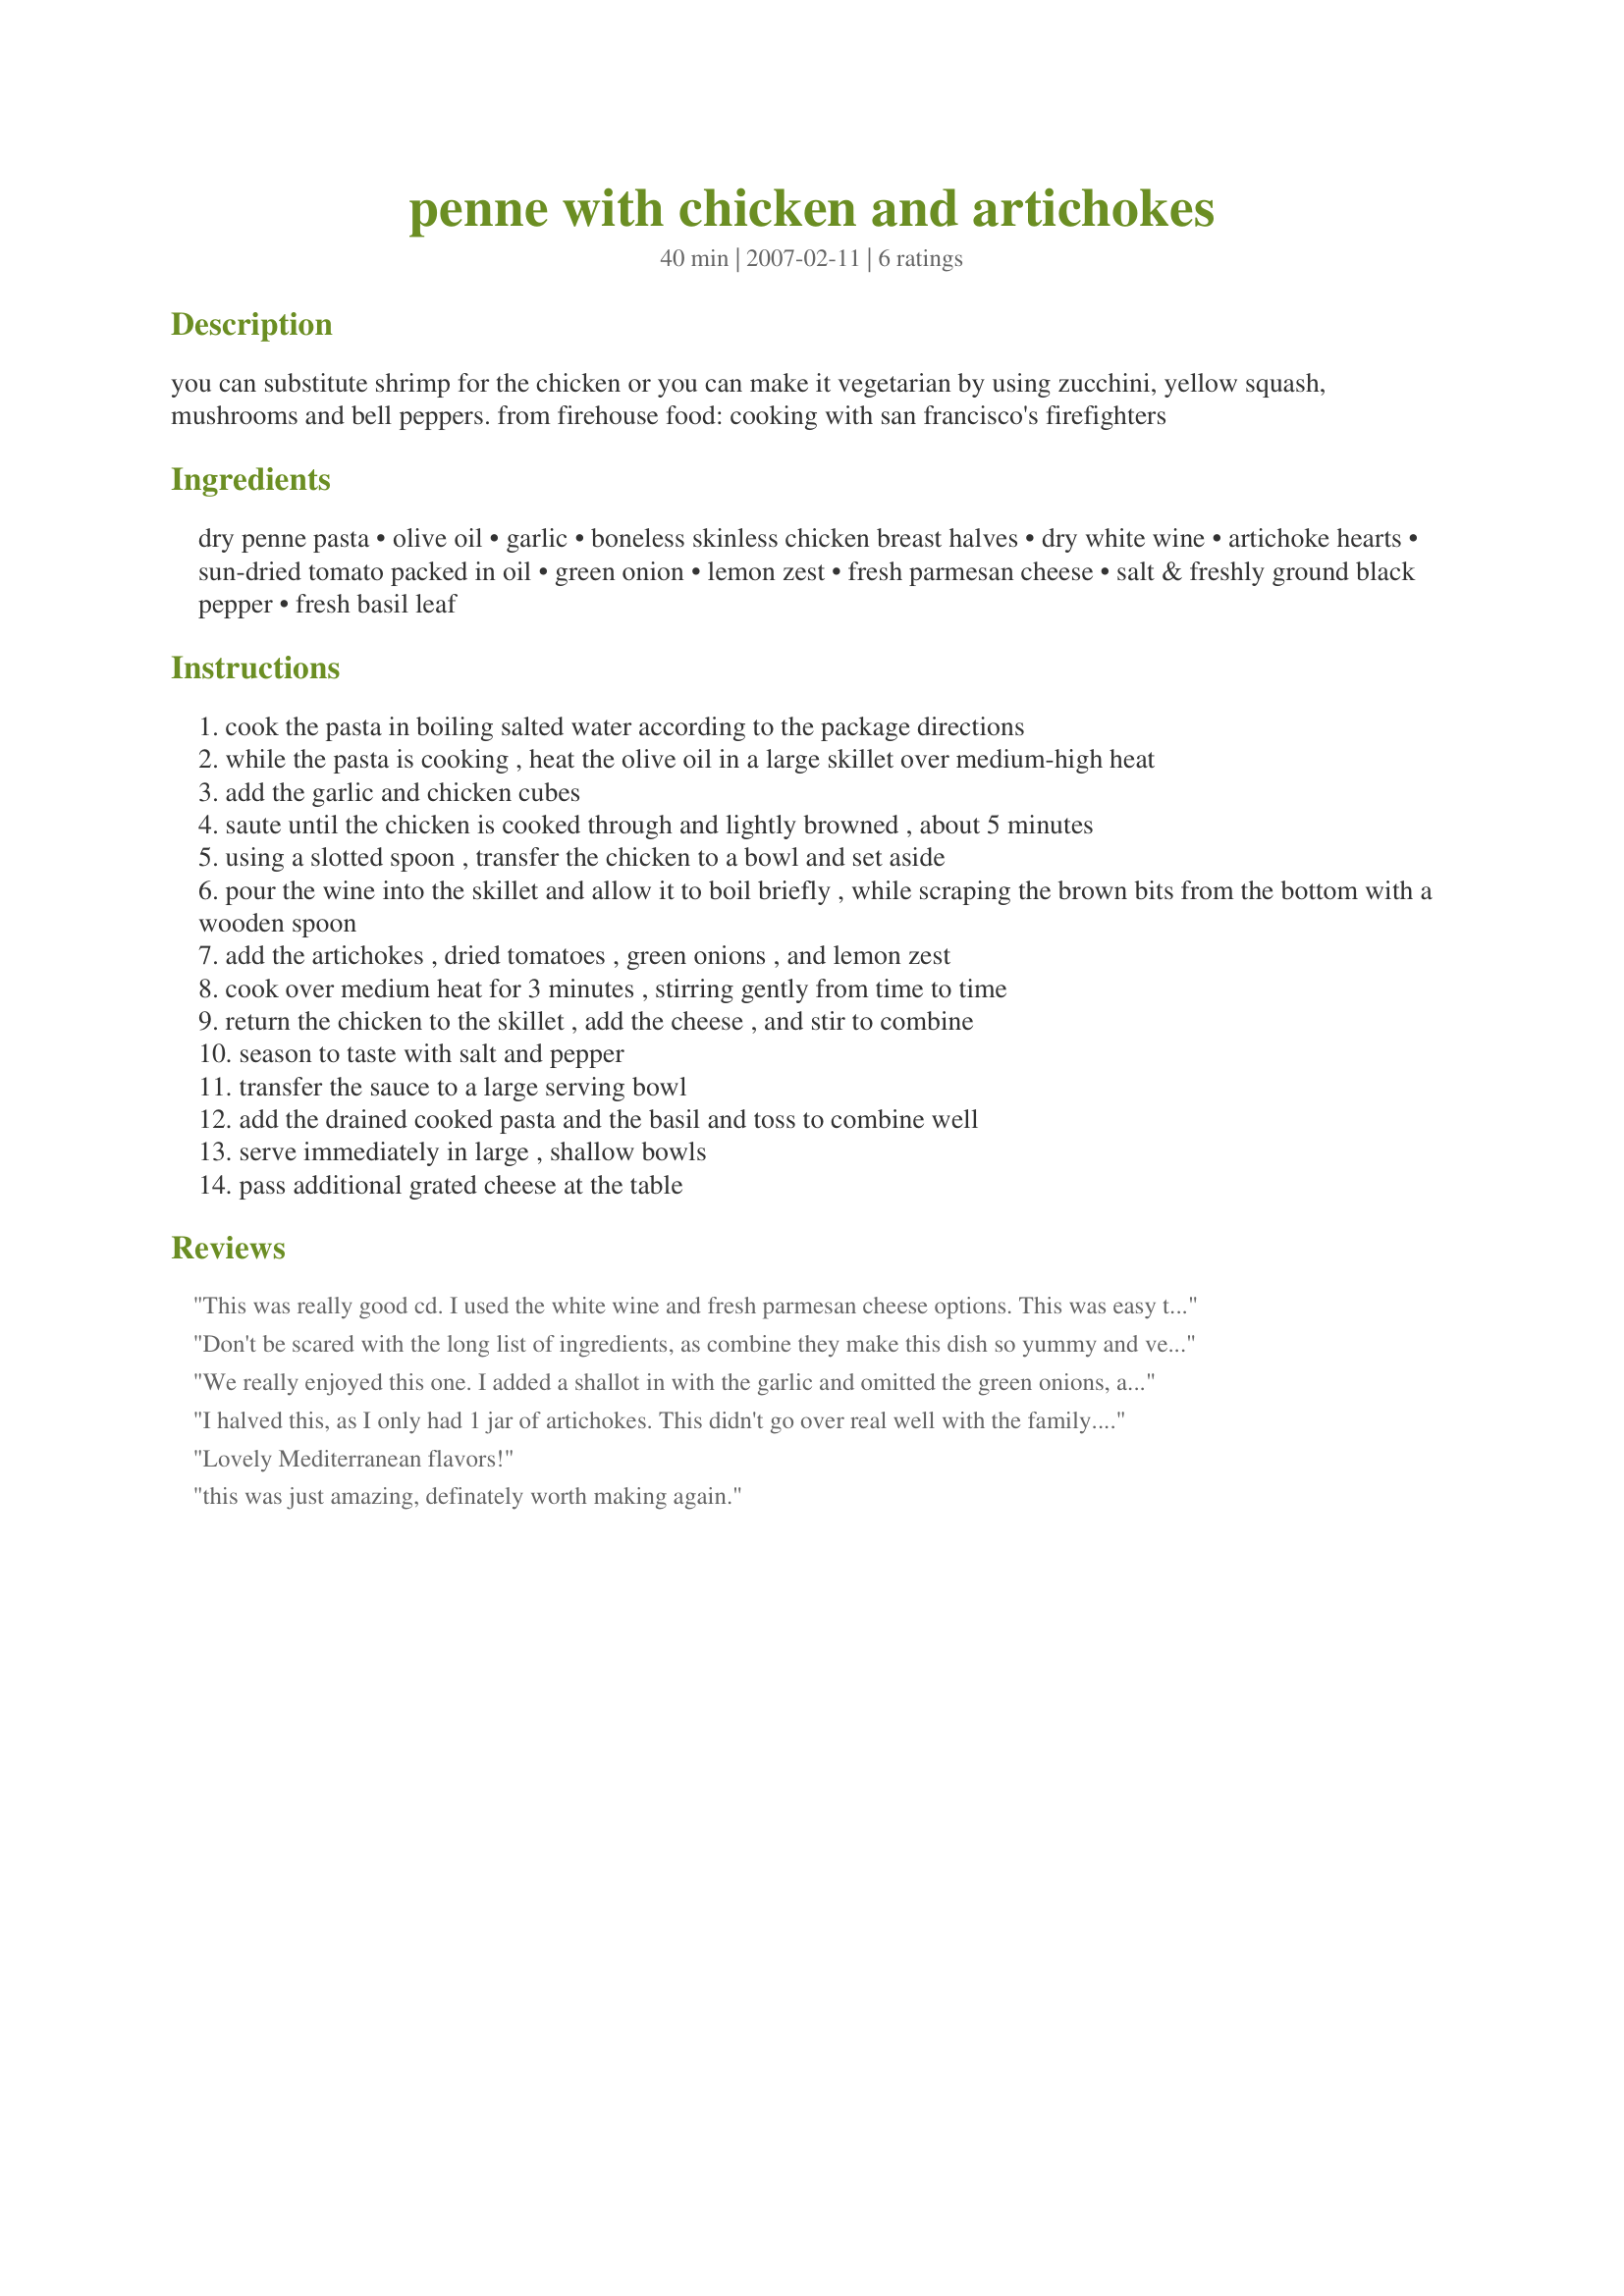
penne with chicken and artichokes
Preparation time: 40 minutes

you can substitute shrimp for the chicken or you can make it vegetarian by using zucchini, yellow squash, mushrooms and bell peppers. from firehouse food: cooking with san francisco's firefighters

Ingredients:
dry penne pasta, olive oil, garlic, boneless skinless chicken breast halves, dry white wine, artichoke hearts, sun-dried tomato packed in oil, green onion, lemon zest, fresh parmesan cheese, salt & freshly ground black pepper, fresh basil leaf

Steps:
cook the pasta in boiling salted water according to the package directions
while the pasta is cooking , heat the olive oil in a large skillet over medium-high heat
add the garlic and chicken cubes
saute until the chicken is cooked through and lightly browned , about 5 minutes
using a slotted spoon , transfer the chicken to a bowl and set aside
pour the wine into the skillet and allow it to boil briefly , while scraping the brown bits from the bottom with a wooden spoon
add the artichokes , dried tomatoes , green onions , and lemon zest
cook over medium heat for 3 minutes , stirring gently from time to time
return the chicken to the skillet , add the cheese , and stir to combine
season to taste with salt and pepper
transfer the sauce to a large serving bowl
add the drained cooked pasta and the basil and toss to combine well
serve immediately in large , shallow bowls
pass additional grated cheese at the table

Reviews:
This was really good cd. I used the white wine and fresh parmesan cheese options. This was easy to make with great results. It was fresh tasting with strong flavours and interesting textures. It tastes like spring. Thanks for sharing.
Don't be scared with the long list of ingredients, as combine they make this dish so yummy and very filling. I opted to use the chicken broth and I couldn't find Asiago cheese so I skipped it and I don't feel it was missed much. Thank you cookiedog
We really enjoyed this one. I added a shallot in with the garlic and omitted the green onions, and I used pecorino romano cheese. Next time I think I'll add some chopped salami as well. Thanks!
I halved this, as I only had 1 jar of artichokes. This didn't go over real well with the family. I thought we would like it as I have a recipe with artichokes in it that we love, but the flavor seems to overpower the rest of the dish. I didn't use fresh Parmesan cheese and maybe that would make a difference. I did forget the garlic too. So, in lieu of that, I won't rate it. Made for Zaar Tag.
Lovely Mediterranean flavors!
this was just amazing, definately worth making again.
